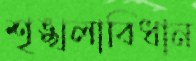
শৃঙ্খলাবিধান